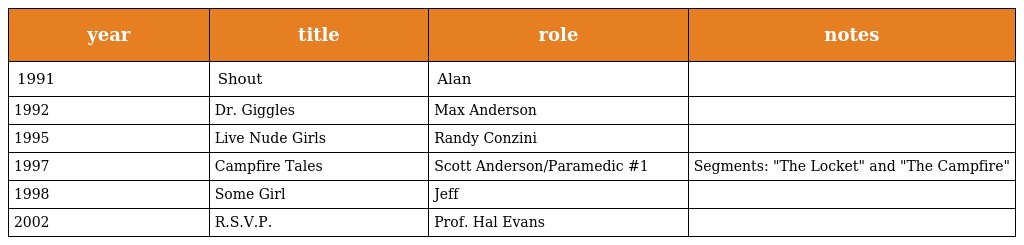
| year | title | role | notes |
 | --- | --- | --- | --- |
 | 1991 | Shout | Alan |  |
 | 1992 | Dr. Giggles | Max Anderson |  |
 | 1995 | Live Nude Girls | Randy Conzini |  |
 | 1997 | Campfire Tales | Scott Anderson/Paramedic #1 | Segments: "The Locket" and "The Campfire" |
 | 1998 | Some Girl | Jeff |  |
 | 2002 | R.S.V.P. | Prof. Hal Evans |  |